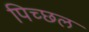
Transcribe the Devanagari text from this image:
पिच्छल